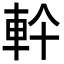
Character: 𮝂